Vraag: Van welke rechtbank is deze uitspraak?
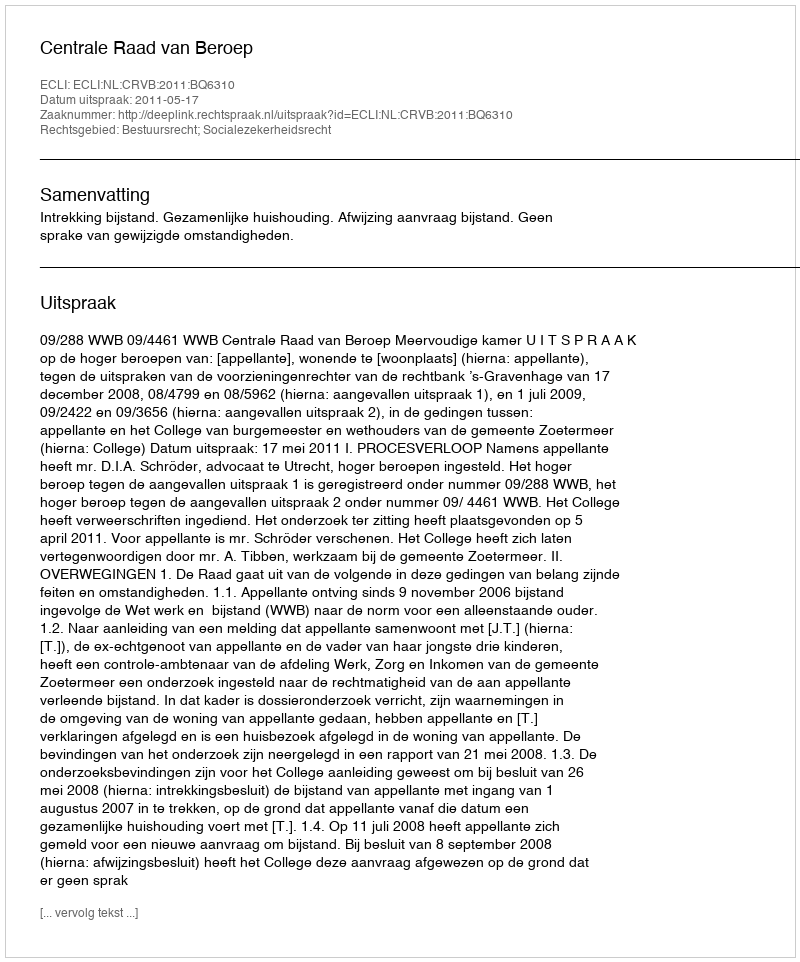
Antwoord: Centrale Raad van Beroep